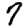
Digit: 7